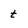
Character: t